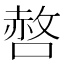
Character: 𭊆